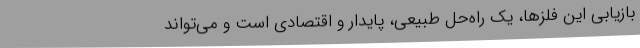
بازیابی این فلزها، یک راه‌حل طبیعی، پایدار و اقتصادی است و می‌تواند